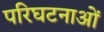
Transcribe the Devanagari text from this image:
परिघटनाओंं